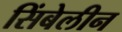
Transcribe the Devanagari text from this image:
सिंबेलीन